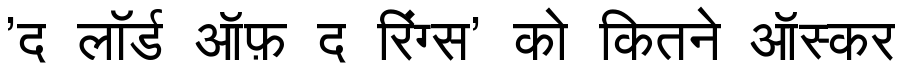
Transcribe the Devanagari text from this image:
'द लॉर्ड ऑफ़ द रिंग्स' को कितने ऑस्कर